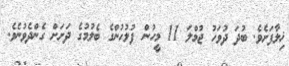
ޚިލާފަށެވެ. ބުދަ ދުވަހު ޖުމްލަ 11 މީހުން ފުލުހުންގެ ބެލުމުގެ ދަށަށް ގެންދެވުނެވެ.